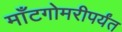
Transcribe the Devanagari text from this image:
माँटगोमरीपर्यंत